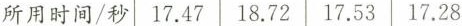
所用时间/秒 17.47 18.72 17.53 17.28